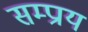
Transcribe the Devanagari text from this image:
सम्प्राय